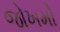
જોખમો